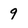
Character: 9